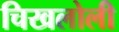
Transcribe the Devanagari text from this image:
चिखलोली